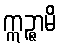
ဣဉ္ဇာမိ